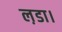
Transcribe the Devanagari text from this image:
ल़डा।